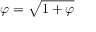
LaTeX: \varphi = { \sqrt { 1 + \varphi } }